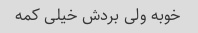
خوبه ولی بردش خیلی کمه